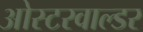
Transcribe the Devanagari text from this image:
ओस्टरवाल्डर